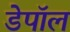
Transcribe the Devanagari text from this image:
डेपॉल